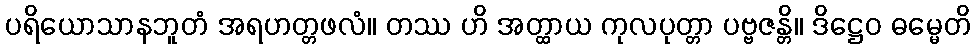
ပရိယောသာနဘူတံ အရဟတ္တဖလံ။ တဿ ဟိ အတ္ထာယ ကုလပုတ္တာ ပဗ္ဗဇန္တိ။ ဒိဋ္ဌေဝ ဓမ္မေတိ